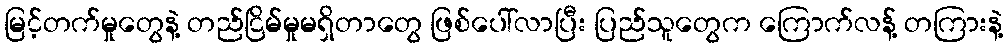
မြင့်တက်မှုတွေနဲ့ တည်ငြိမ်မှုမရှိတာတွေ ဖြစ်ပေါ်လာပြီး ပြည်သူတွေက ကြောက်လန့် တကြားနဲ့